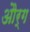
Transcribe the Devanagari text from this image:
और्ग